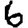
Digit: 6